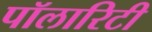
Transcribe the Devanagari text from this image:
पॉलारिटी